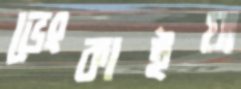
ভেংকাইয়া